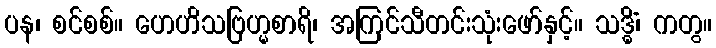
ပန၊ စင်စစ်။ ဟေဟိသဗြဟ္မစာရိ၊ အကြင်သီတင်းသုံးဖော်နှင့်။ သဒ္ဓိံ၊ ကတွ။